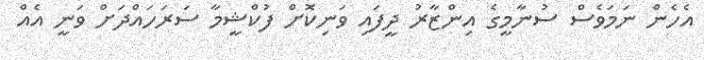
އެހެން ނަމަވެސް ސުނާމީގެ އިންޒާރު ދީފައި ވަނިކޮށް ފުކްޝީމާ ސަރަހައްދަށް ވަނީ އެއް